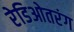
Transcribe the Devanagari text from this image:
रेडिओतरंग